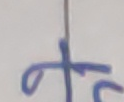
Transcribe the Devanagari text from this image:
क्त